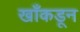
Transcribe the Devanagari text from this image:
खाँकडून